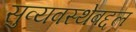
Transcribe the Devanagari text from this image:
सुव्यवस्थेबद्दल